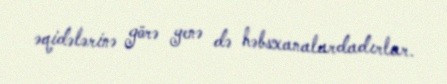
əqidələrinə görə yenə də həbsxanalardadırlar.